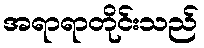
အရာရာတိုင်းသည်